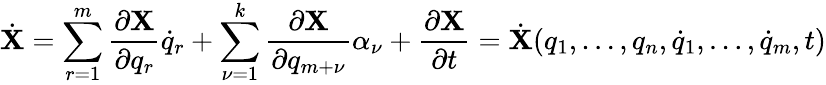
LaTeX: {\dot{\mathbf X}}=\sum_{r=1}^{m}\frac{\partial{\mathbf X}}{\partial q_{r}}{\dot{q}}_{r}+\sum_{\nu=1}^{k}\frac{\partial{\mathbf X}}{\partial q_{m+\nu}}\alpha_{\nu}+\frac{\partial{\mathbf X}}{\partial t}={\dot{\mathbf X}}(q_{1},\dots,q_{n},{\dot{q}}_{1},\dots,{\dot{q}}_{m},t)